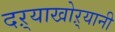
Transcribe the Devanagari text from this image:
दऱ्याखोऱ्यानी